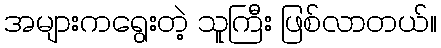
အများကရွေးတဲ့ သူကြီး ဖြစ်လာတယ်။